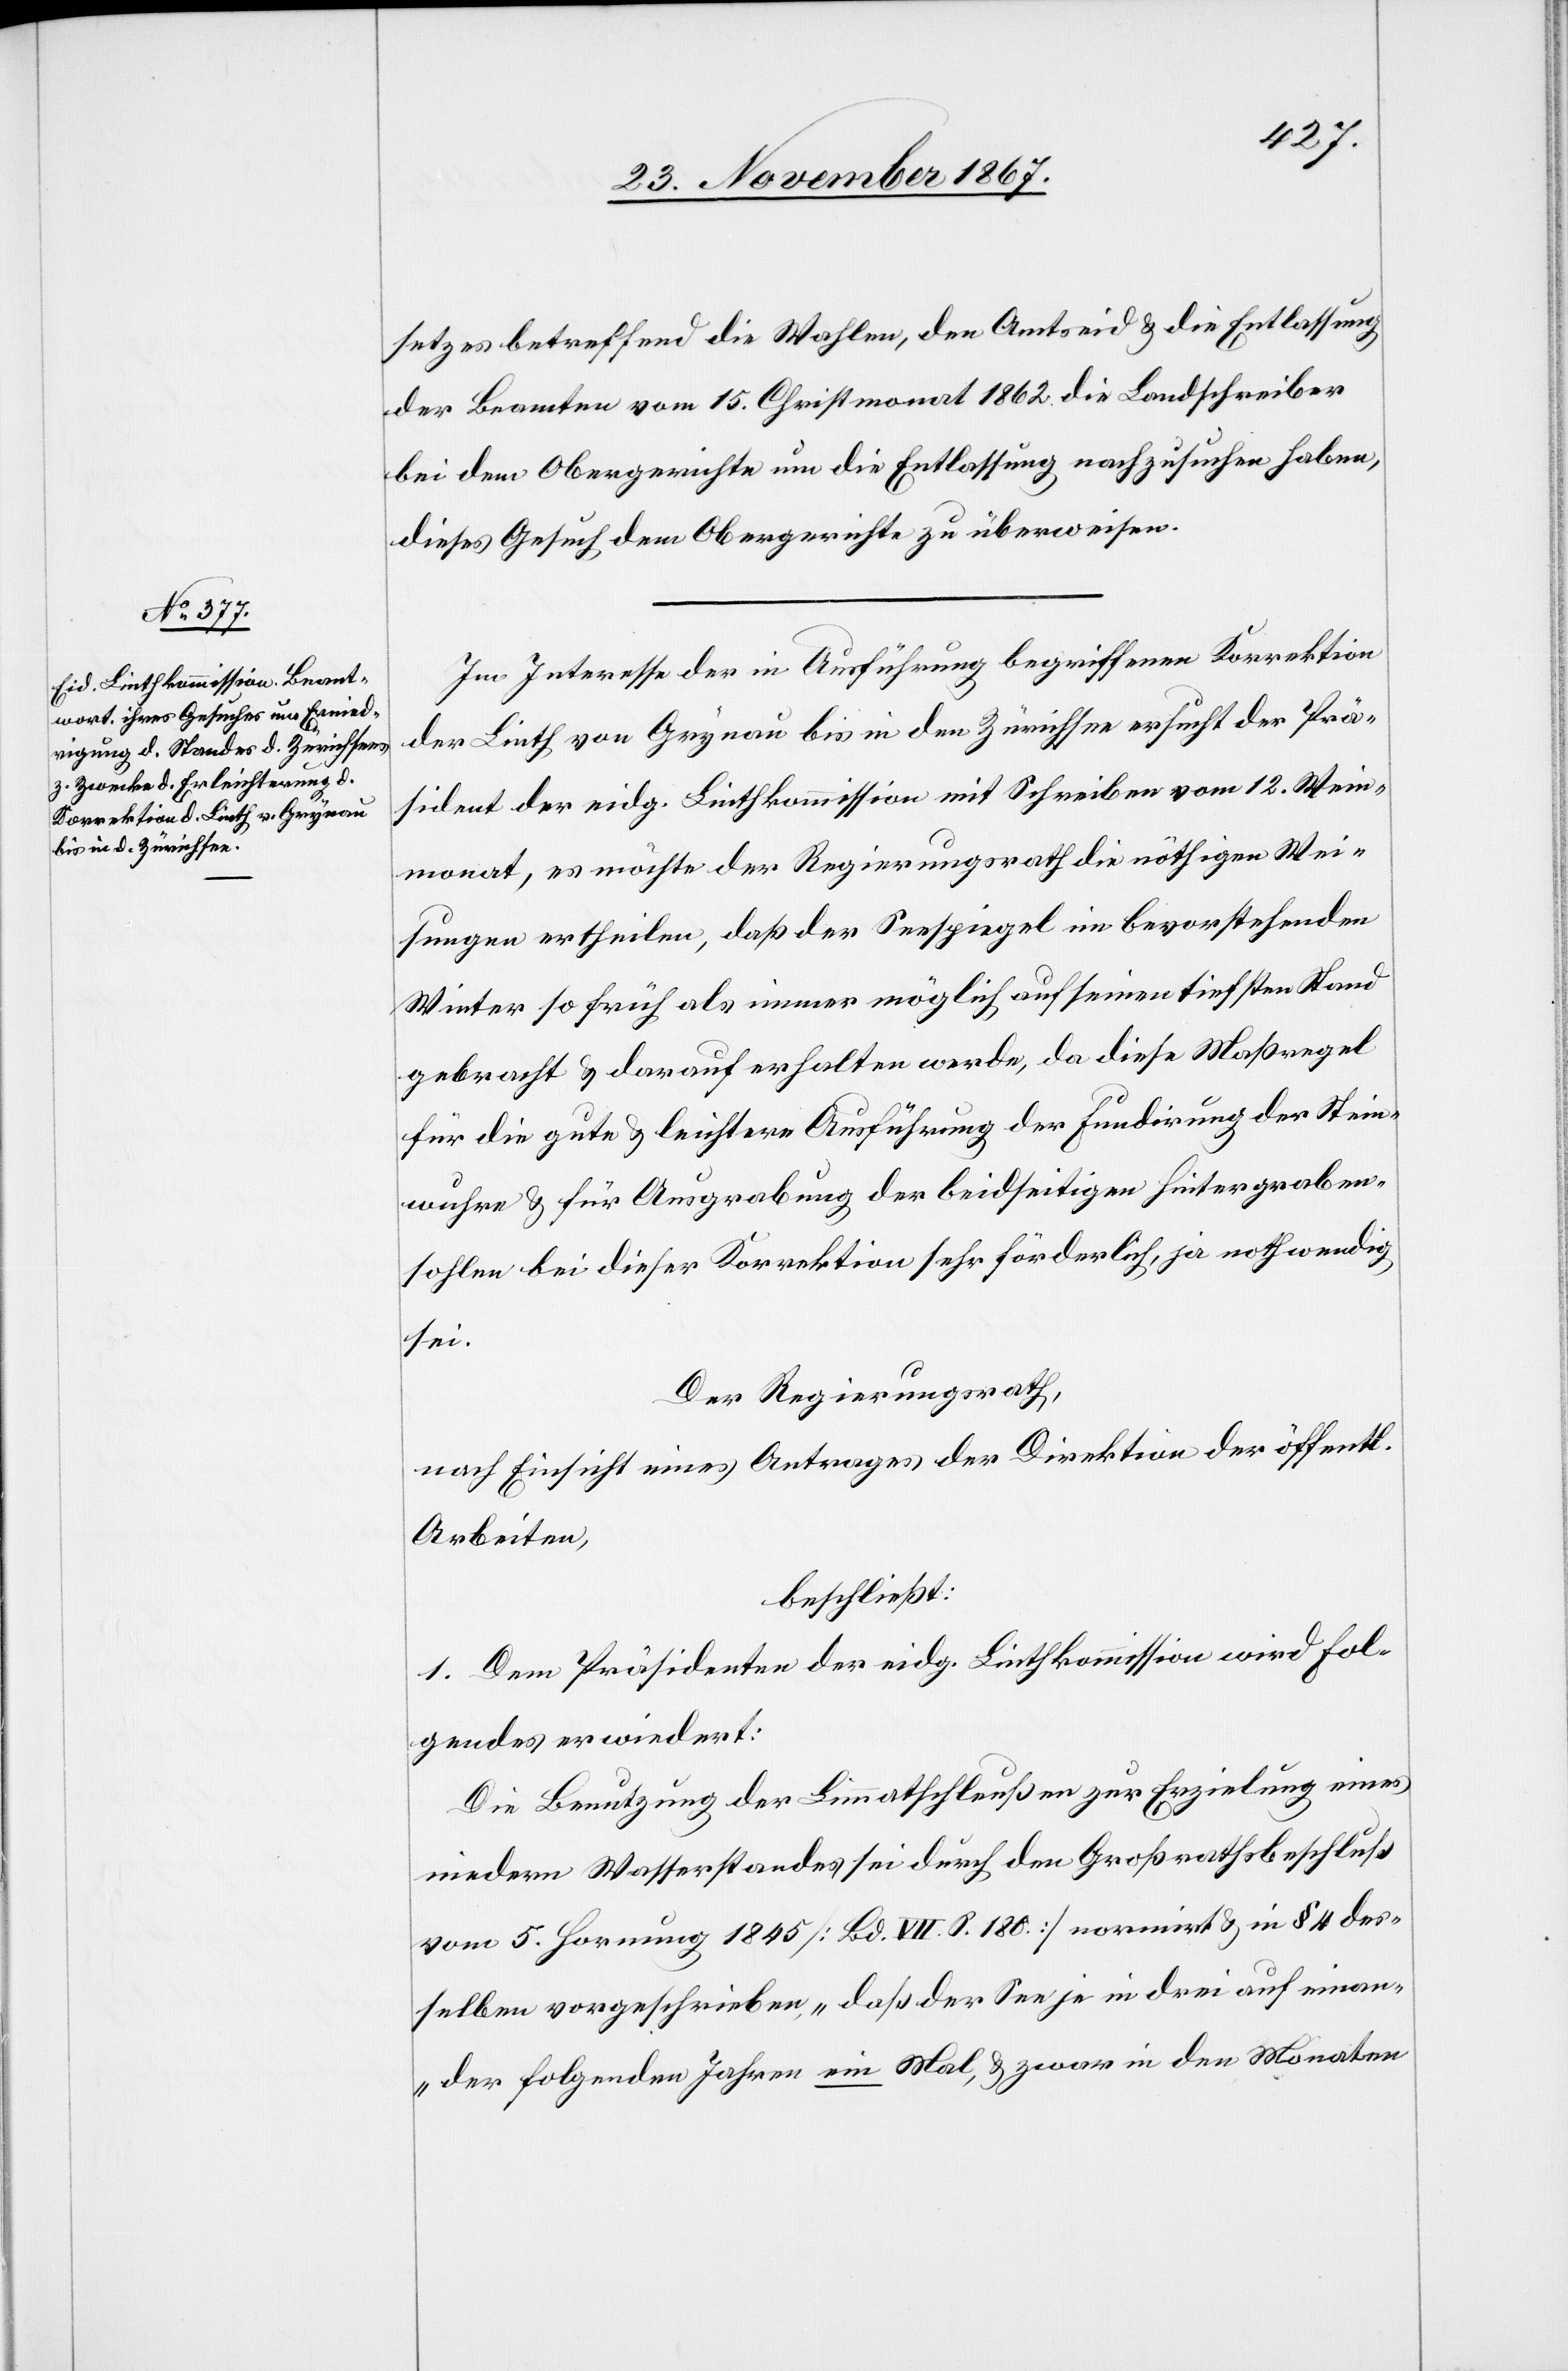
setzes betreffend die Wahlen, den Amtseid u. die Entlassung
der Beamten vom 15. Christmonat 1862 die Landschreiber
bei dem Obergerichte um die Entlassung nachzusuchen haben,
dieses Gesuch dem Obergerichte zu überweisen.